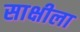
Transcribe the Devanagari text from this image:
साक्षीला